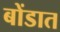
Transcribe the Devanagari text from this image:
बोंडात